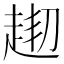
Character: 𧻘